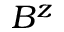
B ^ { z }